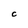
Character: C